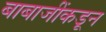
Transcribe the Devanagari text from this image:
बाबाजींकडून